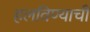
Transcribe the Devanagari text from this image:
हलविण्याची